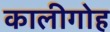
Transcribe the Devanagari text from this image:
कालीगोह